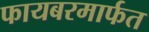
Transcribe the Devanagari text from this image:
फायबरमार्फत